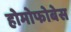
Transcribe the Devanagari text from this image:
होमोफोबेस